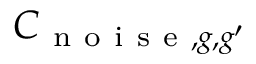
C _ { \mathrm { ~ n ~ o ~ i ~ s ~ e ~ } , g , g ^ { \prime } }